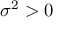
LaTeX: \sigma ^ { 2 } > 0